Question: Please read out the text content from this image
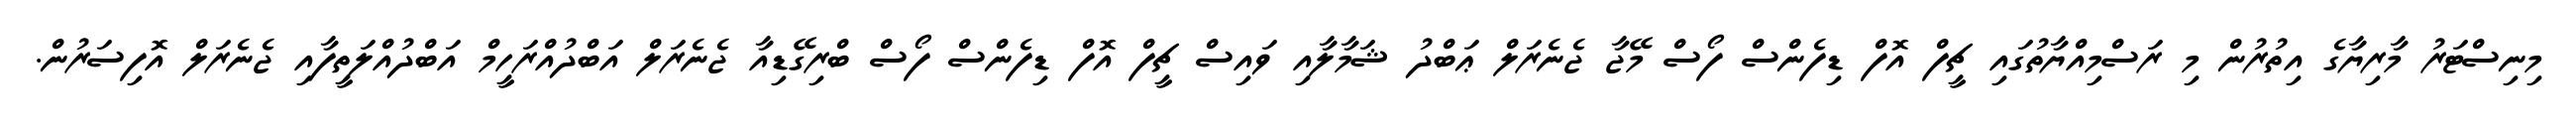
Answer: މިނިސްޓަރު މާރިޔާގެ އިތުރުން މި ރަސްމިއްޔާތުގައި ޗީފް އޮފް ޑިފެންސް ފޯސް މޭޖާ ޖެނެރަލް ޢަބްދު ޝަމާލާއި ވައިސް ޗީފް އޮފް ޑިފެންސް ފޯސް ބްރިގޭޑިއާ ޖެނެރަލް އަބްދުއްރަހީމް އަބްދުއްލަތީފާއި ޖެނެރަލް އޮފިސަރުން.